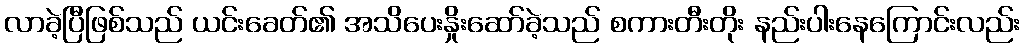
လာခဲ့ပြီဖြစ်သည် ယင်းခေတ်၏ အသိပေးနှိုးဆော်ခဲ့သည် စကားတီးတိုး နည်းပါးနေကြောင်းလည်း